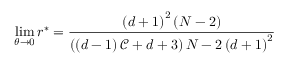
\operatorname* { l i m } _ { \theta \rightarrow 0 } r ^ { \ast } = \frac { \left( d + 1 \right) ^ { 2 } \left( N - 2 \right) } { \left( \left( d - 1 \right) \mathcal { C } + d + 3 \right) N - 2 \left( d + 1 \right) ^ { 2 } }